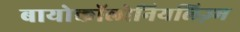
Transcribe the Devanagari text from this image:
बायोकॉलोनियलिज़्म